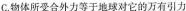
C.物体所受合外力等于地球对它的万有引力